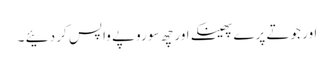
اور جوتے پرے پھینکے اور چھ سو روپے واپس کر دئیے ۔